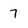
Character: 7